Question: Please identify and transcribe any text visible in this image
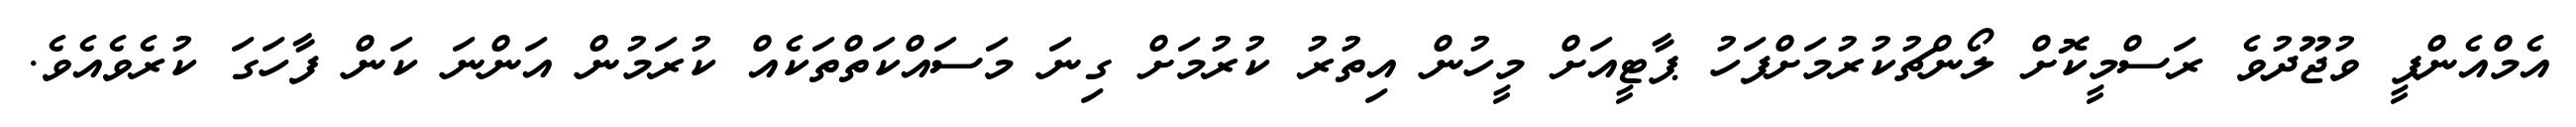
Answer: އެމްއެންޕީ ވުޖޫދުވެ ރަސްމީކޮށް ލޯންޗުކުރުމަށްފަހު ޕާޓީއަށް މީހުން އިތުރު ކުރުމަށް ގިނަ މަސައްކަތްތަކެއް ކުރަމުން އަންނަ ކަން ފާހަގަ ކުރެވެއެވެ.